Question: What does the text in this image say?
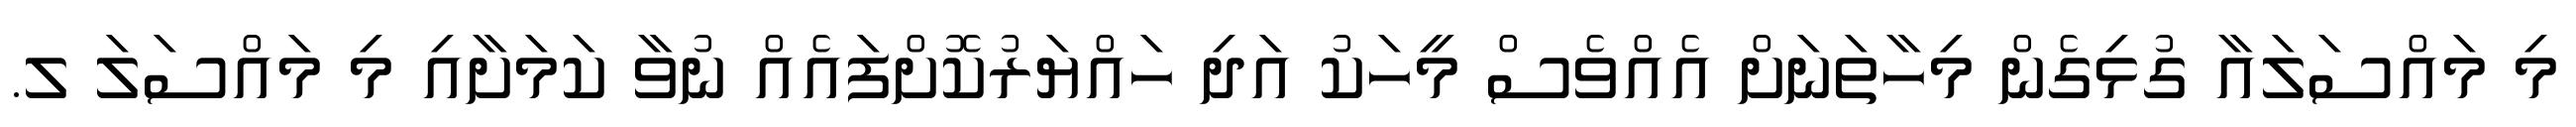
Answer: މި މައްސަލައާ ގުޅިގެން މިހާތަނަށް އެއްވެސް މީހަކު އަދި ހައްޔަރުކޮށްފައެއް ނުވާ ކަމަށާއި މި މައްސަލަ ލ.